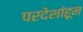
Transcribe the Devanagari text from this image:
परदेशांहून